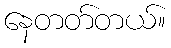
နေတတ်တယ်။